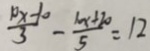
\frac { 1 0 x - 1 0 } { 3 } - \frac { 1 0 x + 2 0 } { 5 } = 1 2